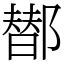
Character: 䣠